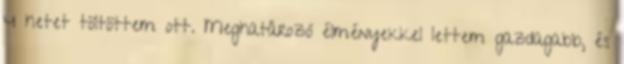
4 hetet töltöttem ott. Meghatározó élményekkel lettem gazdagabb, és